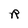
Character: R